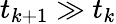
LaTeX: t_{k+1}\gg t_{k}